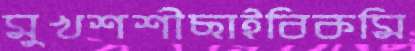
মুখশশীছাইবিকমি